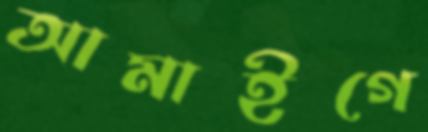
আমাইগে